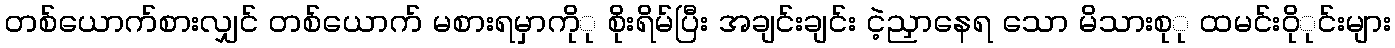
တစ်ယောက်စားလျှင် တစ်ယောက် မစားရမှာကိုု စိုးရိမ်ပြီး အချင်းချင်း ငဲ့ညှာနေရ သော မိသားစုု ထမင်းဝိုုင်းများ